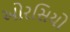
ઓરસિયો